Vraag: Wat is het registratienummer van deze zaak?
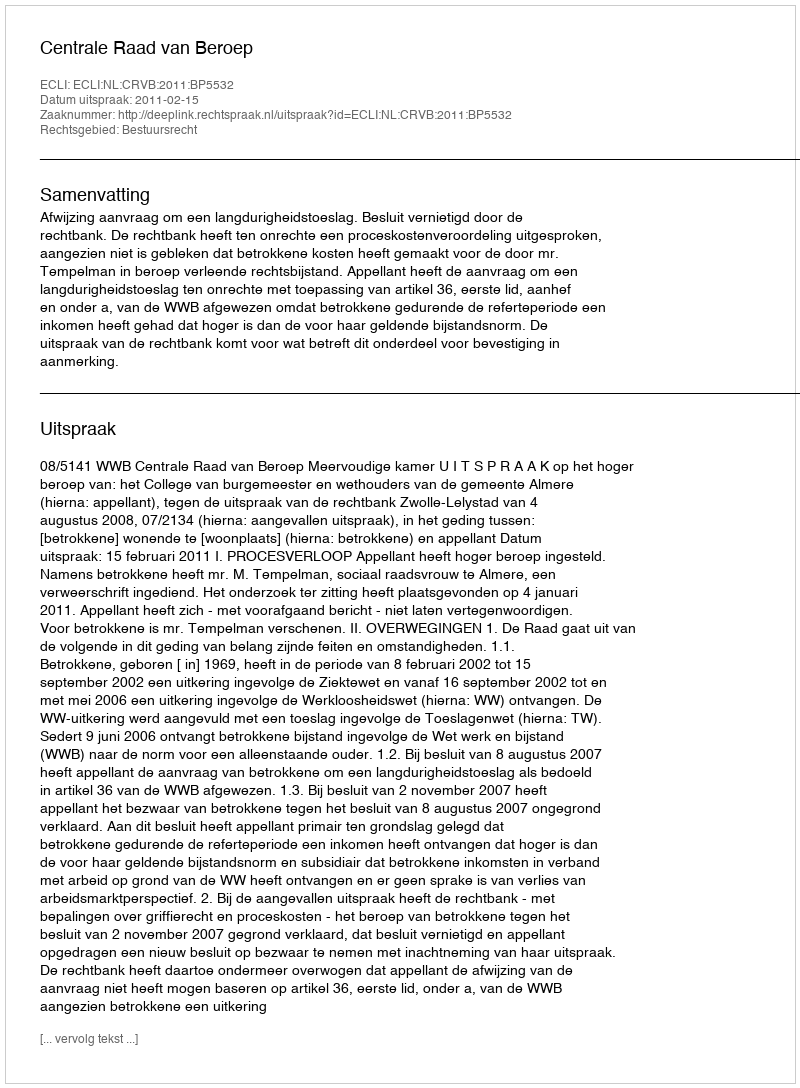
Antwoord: http://deeplink.rechtspraak.nl/uitspraak?id=ECLI:NL:CRVB:2011:BP5532